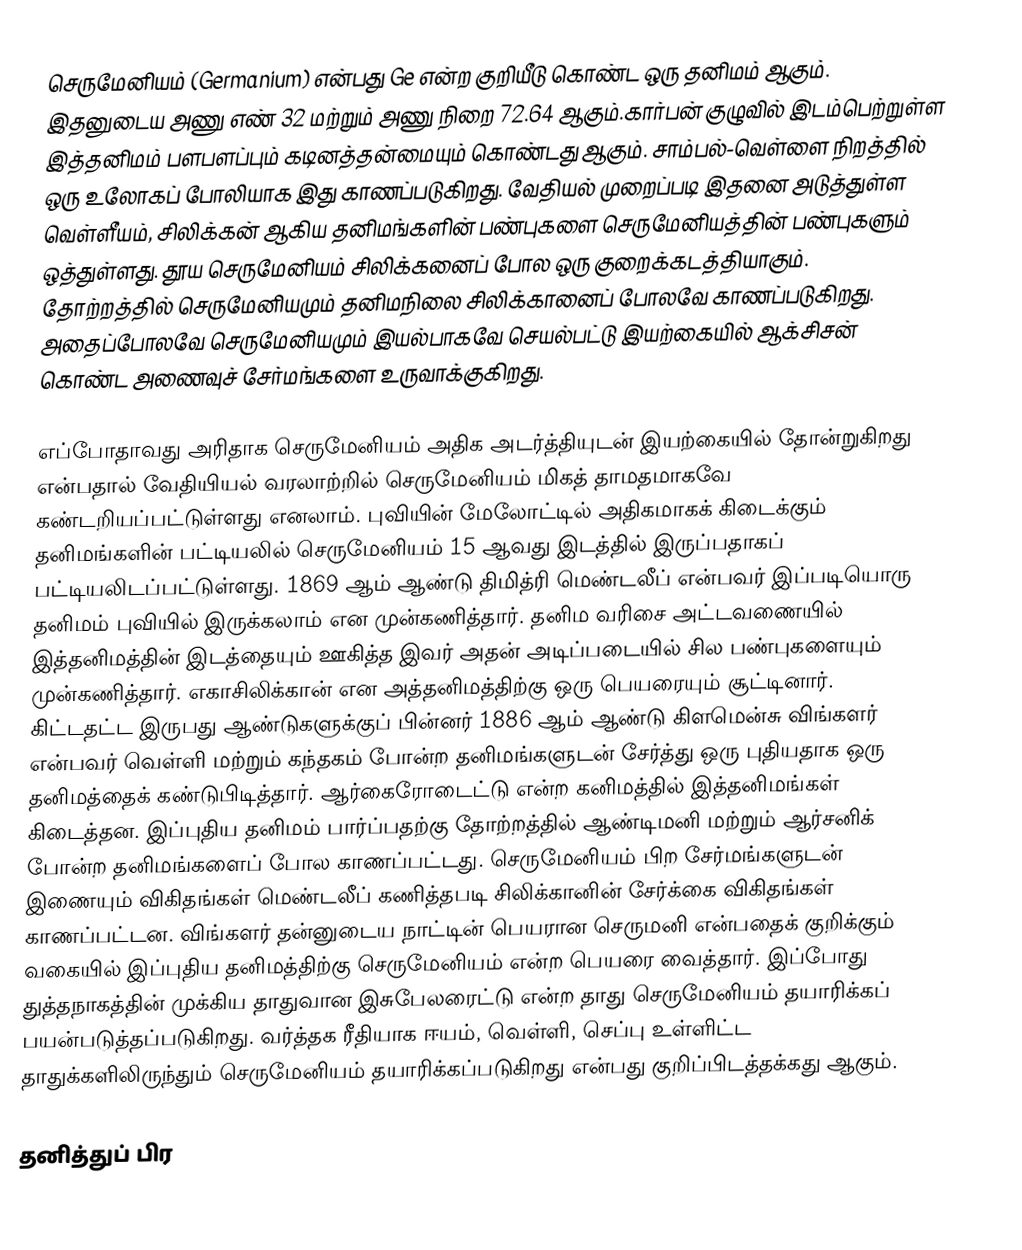
செருமேனியம் (Germanium) என்பது Ge என்ற குறியீடு கொண்ட ஒரு தனிமம் ஆகும். இதனுடைய அணு எண் 32 மற்றும் அணு நிறை 72.64 ஆகும்.கார்பன் குழுவில் இடம்பெற்றுள்ள இத்தனிமம்   பளபளப்பும் கடினத்தன்மையும் கொண்டது ஆகும். சாம்பல்-வெள்ளை நிறத்தில் ஒரு உலோகப் போலியாக இது காணப்படுகிறது. வேதியல் முறைப்படி இதனை அடுத்துள்ள வெள்ளீயம், சிலிக்கன் ஆகிய தனிமங்களின் பண்புகளை செருமேனியத்தின் பண்புகளும் ஒத்துள்ளது. தூய செருமேனியம் சிலிக்கனைப் போல ஒரு குறைக்கடத்தியாகும். தோற்றத்தில் செருமேனியமும் தனிமநிலை சிலிக்கானைப் போலவே காணப்படுகிறது. அதைப்போலவே செருமேனியமும் இயல்பாகவே செயல்பட்டு  இயற்கையில் ஆக்சிசன் கொண்ட அணைவுச் சேர்மங்களை உருவாக்குகிறது.

எப்போதாவது அரிதாக செருமேனியம் அதிக அடர்த்தியுடன் இயற்கையில் தோன்றுகிறது என்பதால் வேதியியல் வரலாற்றில் செருமேனியம் மிகத் தாமதமாகவே கண்டறியப்பட்டுள்ளது எனலாம். புவியின் மேலோட்டில் அதிகமாகக் கிடைக்கும் தனிமங்களின் பட்டியலில் செருமேனியம் 15 ஆவது இடத்தில் இருப்பதாகப் பட்டியலிடப்பட்டுள்ளது. 1869 ஆம் ஆண்டு திமித்ரி மெண்டலீப் என்பவர் இப்படியொரு தனிமம் புவியில் இருக்கலாம் என முன்கணித்தார். தனிம வரிசை அட்டவணையில் இத்தனிமத்தின் இடத்தையும் ஊகித்த இவர் அதன் அடிப்படையில் சில பண்புகளையும் முன்கணித்தார். எகாசிலிக்கான் என அத்தனிமத்திற்கு ஒரு பெயரையும் சூட்டினார். கிட்டதட்ட இருபது ஆண்டுகளுக்குப் பின்னர் 1886 ஆம் ஆண்டு கிளமென்சு விங்களர் என்பவர் வெள்ளி மற்றும் கந்தகம் போன்ற தனிமங்களுடன் சேர்த்து ஒரு புதியதாக ஒரு தனிமத்தைக் கண்டுபிடித்தார். ஆர்கைரோடைட்டு என்ற கனிமத்தில் இத்தனிமங்கள் கிடைத்தன. இப்புதிய தனிமம் பார்ப்பதற்கு தோற்றத்தில் ஆண்டிமனி மற்றும் ஆர்சனிக் போன்ற தனிமங்களைப் போல காணப்பட்டது. செருமேனியம் பிற சேர்மங்களுடன் இணையும் விகிதங்கள்  மெண்டலீப் கணித்தபடி சிலிக்கானின்  சேர்க்கை விகிதங்கள் காணப்பட்டன. விங்களர் தன்னுடைய நாட்டின் பெயரான செருமனி என்பதைக் குறிக்கும் வகையில் இப்புதிய தனிமத்திற்கு செருமேனியம் என்ற பெயரை வைத்தார்.  இப்போது துத்தநாகத்தின் முக்கிய தாதுவான இசுபேலரைட்டு என்ற தாது செருமேனியம் தயாரிக்கப் பயன்படுத்தப்படுகிறது. வர்த்தக ரீதியாக ஈயம், வெள்ளி, செப்பு உள்ளிட்ட தாதுக்களிலிருந்தும் செருமேனியம் தயாரிக்கப்படுகிறது என்பது குறிப்பிடத்தக்கது ஆகும்.

தனித்துப் பிர